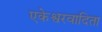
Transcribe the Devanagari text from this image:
एकेश्वरवादिता